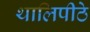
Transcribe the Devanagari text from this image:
थालिपीठे